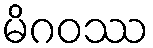
မိဂဝဿ